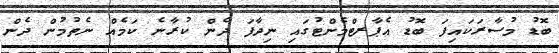
ބޮޑު މުސާރަކައިފަ ބޮޑު އެޕާރޓްމެންޓުގައި ނިދާފަ ދެން ކުރާނެ ކަމެއް ނެތުމުން ދެން